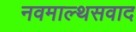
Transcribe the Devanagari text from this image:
नवमाल्थसवाद